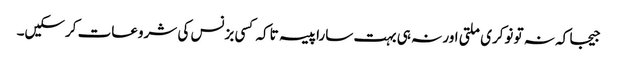
جیجا کہ نہ تو نوکری ملتی اور نہ ہی بہت سارا پیسہ تاکہ کسی بزنس کی شروعات کرسکیں۔